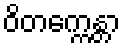
ဝိတက္ကေန္တာ